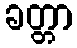
ခတ္တာ